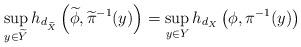
LaTeX: \begin{align*}\sup_{y \in \widetilde{Y}} h_{d_{\widetilde{X}}}\left(\widetilde{\phi},\widetilde{\pi}^{-1}(y)\right) =\sup_{y \in Y} h_{d_X}\left(\phi,\pi^{-1}(y)\right)\end{align*}